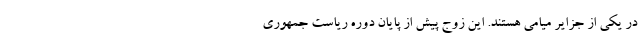
در یکی از جزایر میامی هستند. این زوج پیش از پایان دوره ریاست جمهوری